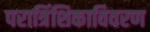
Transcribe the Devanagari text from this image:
परात्रिंशिकाविवरण